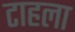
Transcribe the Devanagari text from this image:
टाहला